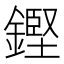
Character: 鏗